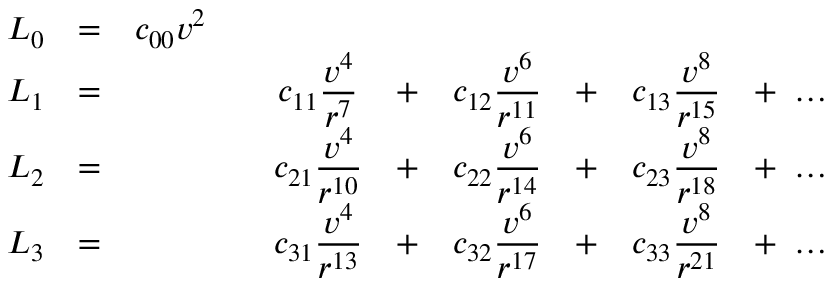
\begin{array} { c c c c c c c c c c } { { \displaystyle { \cal L } _ { 0 } } } & { { = } } & { { c _ { 0 0 } v ^ { 2 } } } & { { } } & { { } } & { { } } & { { } } & { { } } & { { } } & { { } } \\ { { { \cal L } _ { 1 } } } & { { = } } & { { } } & { { } } & { { \displaystyle c _ { 1 1 } \frac { v ^ { 4 } } { r ^ { 7 } } } } & { { + } } & { { \displaystyle c _ { 1 2 } \frac { v ^ { 6 } } { r ^ { 1 1 } } } } & { { + } } & { { \displaystyle c _ { 1 3 } \frac { v ^ { 8 } } { r ^ { 1 5 } } } } & { { + \ \ldots } } \\ { { { \cal L } _ { 2 } } } & { { = } } & { { } } & { { } } & { { \displaystyle c _ { 2 1 } \frac { v ^ { 4 } } { r ^ { 1 0 } } } } & { { + } } & { { \displaystyle c _ { 2 2 } \frac { v ^ { 6 } } { r ^ { 1 4 } } } } & { { + } } & { { c _ { 2 3 } \displaystyle \frac { v ^ { 8 } } { r ^ { 1 8 } } } } & { { + \ \ldots } } \\ { { { \cal L } _ { 3 } } } & { { = } } & { { } } & { { } } & { { c _ { 3 1 } \displaystyle \frac { v ^ { 4 } } { r ^ { 1 3 } } } } & { { + } } & { { c _ { 3 2 } \displaystyle \frac { v ^ { 6 } } { r ^ { 1 7 } } } } & { { + } } & { { c _ { 3 3 } \displaystyle \frac { v ^ { 8 } } { r ^ { 2 1 } } } } & { { + \ \ldots } } \end{array}